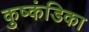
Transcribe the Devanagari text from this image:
कुष्कंडिका